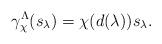
LaTeX: \begin{align*} \gamma^\Lambda_\chi ( s_\lambda ) = \chi ( d(\lambda) ) s_\lambda .\end{align*}